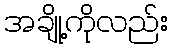
အချို့ကိုလည်း